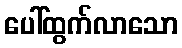
ပေါ်ထွက်လာသော